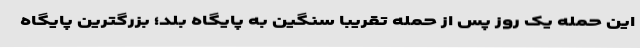
این حمله یک روز پس از حمله تقریبا سنگین به پایگاه بلد؛ بزرگترین پایگاه